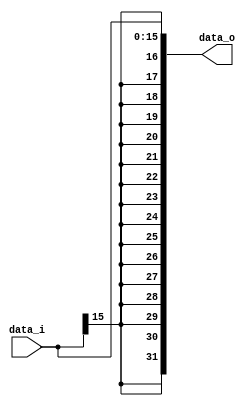
module Sign_Extend( data_i, data_o );

//I/O ports
input	[16-1:0] data_i;
output	[32-1:0] data_o;

//Internal Signals
wire	[32-1:0] data_o;

//Sign extended
/*your code here*/

assign data_o[16-1:0] = data_i[16-1:0];
assign data_o[32-1:16] = {16{data_i[15]}};

endmodule


/*
module test;

reg [15:0] in;
wire [31:0] out;

Sign_Extend Edd(in,out);

initial begin
	$dumpfile("sign_extent.vcd");
	$dumpvars;
	#0 in = 16'h0fff;
	#50 in = 16'hf0ff;
end

initial #100 $finish;

endmodule
*/